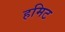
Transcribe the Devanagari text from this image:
हमिट